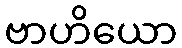
ဗာဟိယော